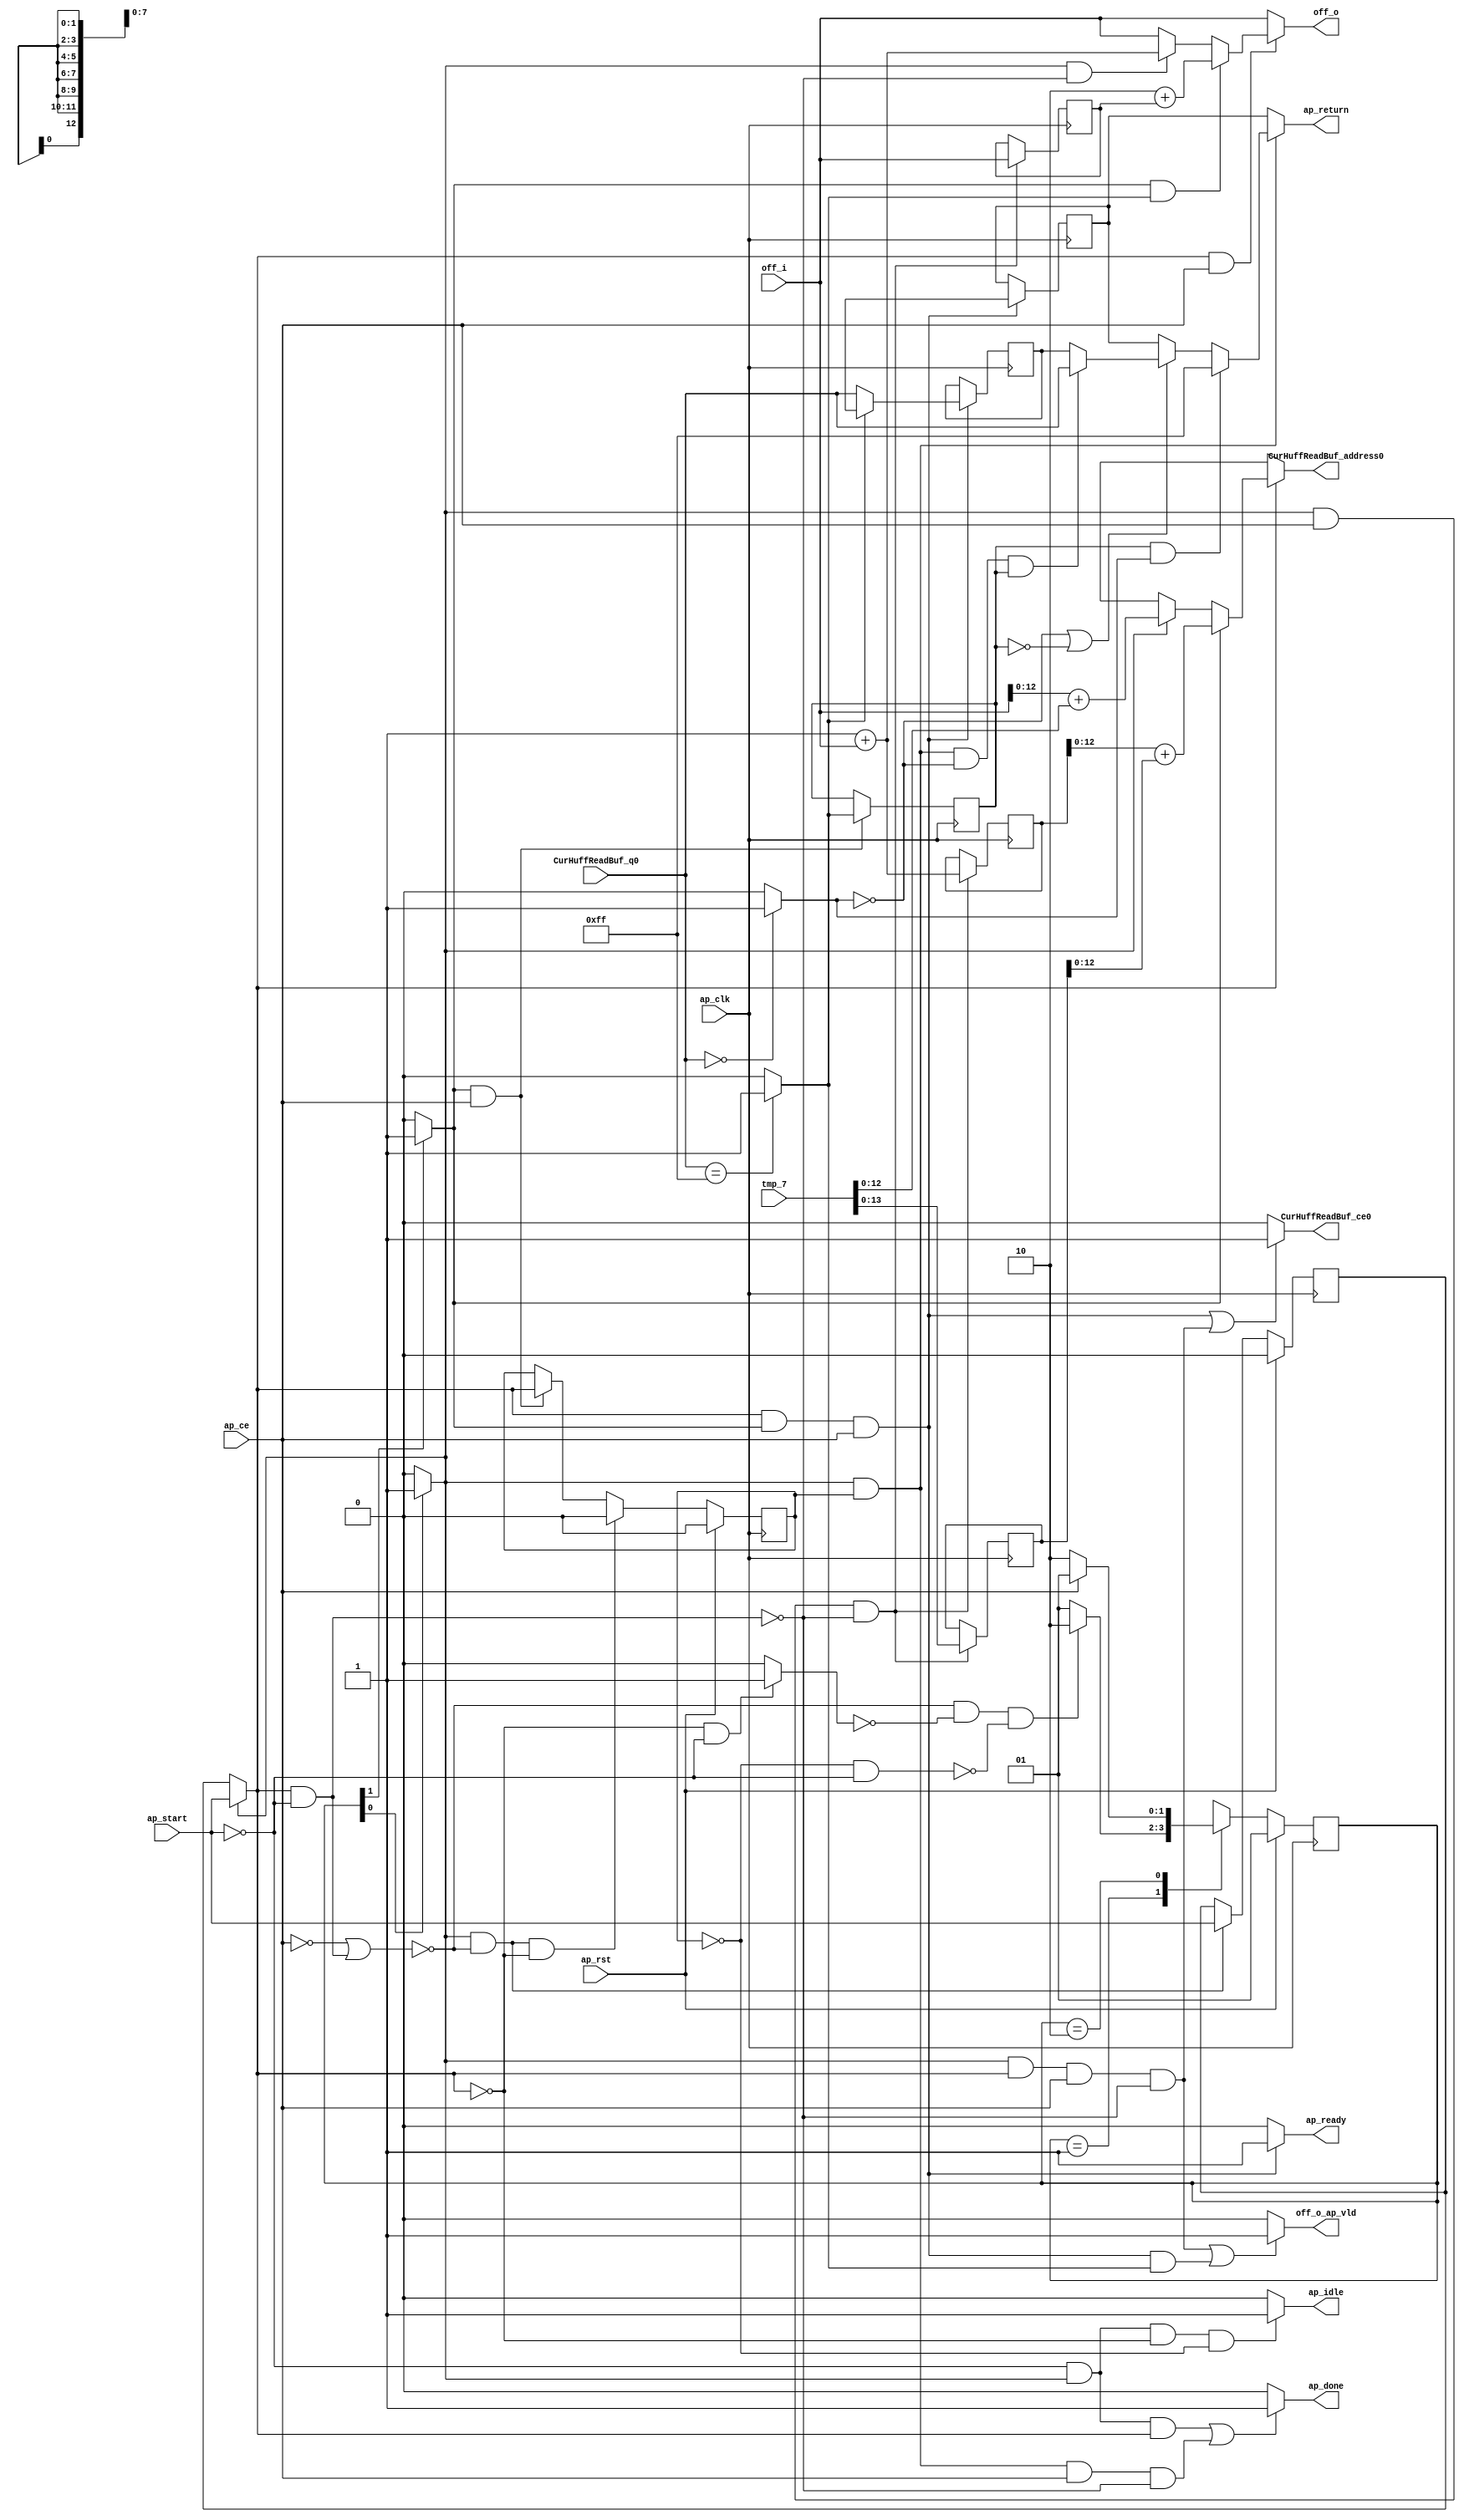
// ==============================================================
// RTL generated by Vivado(TM) HLS - High-Level Synthesis from C, C++ and SystemC
// Version: 2015.4
// Copyright (C) 2015 Xilinx Inc. All rights reserved.
// 
// ===========================================================

`timescale 1 ns / 1 ps 

module decode_start_pgetc (
        ap_clk,
        ap_rst,
        ap_start,
        ap_done,
        ap_idle,
        ap_ready,
        ap_ce,
        CurHuffReadBuf_address0,
        CurHuffReadBuf_ce0,
        CurHuffReadBuf_q0,
        tmp_7,
        off_i,
        off_o,
        off_o_ap_vld,
        ap_return
);

parameter    ap_const_logic_1 = 1'b1;
parameter    ap_const_logic_0 = 1'b0;
parameter    ap_ST_pp0_stg0_fsm_0 = 2'b1;
parameter    ap_ST_pp0_stg1_fsm_1 = 2'b10;
parameter    ap_const_lv32_0 = 32'b00000000000000000000000000000000;
parameter    ap_const_lv1_1 = 1'b1;
parameter    ap_const_lv32_1 = 32'b1;
parameter    ap_const_lv1_0 = 1'b0;
parameter    ap_const_lv8_FF = 8'b11111111;
parameter    ap_const_lv32_2 = 32'b10;
parameter    ap_const_lv8_0 = 8'b00000000;
parameter    ap_true = 1'b1;

input   ap_clk;
input   ap_rst;
input   ap_start;
output   ap_done;
output   ap_idle;
output   ap_ready;
input   ap_ce;
output  [12:0] CurHuffReadBuf_address0;
output   CurHuffReadBuf_ce0;
input  [7:0] CurHuffReadBuf_q0;
input  [31:0] tmp_7;
input  [31:0] off_i;
output  [31:0] off_o;
output   off_o_ap_vld;
output  [7:0] ap_return;

reg ap_done;
reg ap_idle;
reg ap_ready;
reg[12:0] CurHuffReadBuf_address0;
reg CurHuffReadBuf_ce0;
reg[31:0] off_o;
reg off_o_ap_vld;
(* fsm_encoding = "none" *) reg   [1:0] ap_CS_fsm = 2'b1;
reg    ap_sig_cseq_ST_pp0_stg0_fsm_0;
reg    ap_sig_bdd_20;
reg    ap_reg_ppiten_pp0_it0;
reg    ap_reg_ppiten_pp0_it1 = 1'b0;
reg    ap_sig_cseq_ST_pp0_stg1_fsm_1;
reg    ap_sig_bdd_40;
reg   [31:0] off_load_reg_142;
wire   [31:0] off_assign_fu_75_p2;
reg   [31:0] off_assign_reg_147;
wire   [13:0] tmp_3_fu_91_p1;
reg   [13:0] tmp_3_reg_152;
wire   [0:0] tmp_1_fu_106_p2;
reg   [0:0] tmp_1_reg_167;
reg    ap_reg_ppiten_pp0_it0_preg = 1'b0;
wire   [7:0] ap_reg_phiprechg_temp_0_in_reg_50pp0_it0;
reg   [7:0] ap_reg_phiprechg_temp_0_in_reg_50pp0_it1;
reg   [7:0] temp_0_in_phi_fu_53_p4;
wire   [0:0] tmp_4_fu_136_p2;
wire   [7:0] ap_reg_phiprechg_p_0_reg_60pp0_it0;
reg   [7:0] ap_reg_phiprechg_p_0_reg_60pp0_it1;
reg   [7:0] p_0_phi_fu_63_p4;
wire  signed [63:0] sum_cast_fu_101_p1;
wire  signed [63:0] sum2_cast_fu_131_p1;
wire   [31:0] tmp_2_fu_112_p2;
wire   [13:0] tmp_fu_87_p1;
wire   [13:0] sum_fu_95_p2;
wire   [13:0] tmp_5_fu_123_p1;
wire   [13:0] sum2_fu_126_p2;
reg   [1:0] ap_NS_fsm;
reg    ap_sig_pprstidle_pp0;
reg    ap_sig_bdd_47;
reg    ap_sig_bdd_68;
reg    ap_sig_bdd_188;
reg    ap_sig_bdd_186;
reg    ap_sig_bdd_108;
reg    ap_sig_bdd_114;
reg    ap_sig_bdd_94;




always @ (posedge ap_clk) begin : ap_ret_ap_CS_fsm
    if (ap_rst == 1'b1) begin
        ap_CS_fsm <= ap_ST_pp0_stg0_fsm_0;
    end else begin
        ap_CS_fsm <= ap_NS_fsm;
    end
end

always @ (posedge ap_clk) begin : ap_ret_ap_reg_ppiten_pp0_it0_preg
    if (ap_rst == 1'b1) begin
        ap_reg_ppiten_pp0_it0_preg <= ap_const_logic_0;
    end else begin
        if (((ap_const_logic_1 == ap_sig_cseq_ST_pp0_stg0_fsm_0) & ~(~(ap_const_logic_1 == ap_ce) | ((ap_const_logic_1 == ap_reg_ppiten_pp0_it0) & (ap_start == ap_const_logic_0))))) begin
            ap_reg_ppiten_pp0_it0_preg <= ap_start;
        end
    end
end

always @ (posedge ap_clk) begin : ap_ret_ap_reg_ppiten_pp0_it1
    if (ap_rst == 1'b1) begin
        ap_reg_ppiten_pp0_it1 <= ap_const_logic_0;
    end else begin
        if (((ap_const_logic_1 == ap_sig_cseq_ST_pp0_stg0_fsm_0) & ~(~(ap_const_logic_1 == ap_ce) | ((ap_const_logic_1 == ap_reg_ppiten_pp0_it0) & (ap_start == ap_const_logic_0))) & ~(ap_const_logic_1 == ap_reg_ppiten_pp0_it0))) begin
            ap_reg_ppiten_pp0_it1 <= ap_const_logic_0;
        end else if (((ap_const_logic_1 == ap_sig_cseq_ST_pp0_stg1_fsm_1) & (ap_const_logic_1 == ap_ce))) begin
            ap_reg_ppiten_pp0_it1 <= ap_reg_ppiten_pp0_it0;
        end
    end
end

always @ (posedge ap_clk) begin
    if (ap_sig_bdd_47) begin
        if ((tmp_1_fu_106_p2 == ap_const_lv1_0)) begin
            ap_reg_phiprechg_temp_0_in_reg_50pp0_it1 <= CurHuffReadBuf_q0;
        end else if ((ap_true == ap_true)) begin
            ap_reg_phiprechg_temp_0_in_reg_50pp0_it1 <= ap_reg_phiprechg_temp_0_in_reg_50pp0_it0;
        end
    end
end

always @ (posedge ap_clk) begin
    if (((ap_const_logic_1 == ap_reg_ppiten_pp0_it0) & (ap_const_logic_1 == ap_sig_cseq_ST_pp0_stg1_fsm_1) & (ap_const_logic_1 == ap_ce))) begin
        ap_reg_phiprechg_p_0_reg_60pp0_it1 <= ap_reg_phiprechg_p_0_reg_60pp0_it0;
    end
end

always @ (posedge ap_clk) begin
    if (((ap_const_logic_1 == ap_sig_cseq_ST_pp0_stg0_fsm_0) & (ap_const_logic_1 == ap_ce) & ~((ap_const_logic_1 == ap_reg_ppiten_pp0_it0) & (ap_start == ap_const_logic_0)))) begin
        off_assign_reg_147 <= off_assign_fu_75_p2;
        off_load_reg_142 <= off_i;
        tmp_3_reg_152 <= tmp_3_fu_91_p1;
    end
end

always @ (posedge ap_clk) begin
    if (((ap_const_logic_1 == ap_sig_cseq_ST_pp0_stg1_fsm_1) & (ap_const_logic_1 == ap_ce))) begin
        tmp_1_reg_167 <= tmp_1_fu_106_p2;
    end
end

always @ (ap_sig_cseq_ST_pp0_stg0_fsm_0 or ap_reg_ppiten_pp0_it0 or ap_sig_cseq_ST_pp0_stg1_fsm_1 or sum_cast_fu_101_p1 or sum2_cast_fu_131_p1) begin
    if ((ap_const_logic_1 == ap_reg_ppiten_pp0_it0)) begin
        if ((ap_const_logic_1 == ap_sig_cseq_ST_pp0_stg1_fsm_1)) begin
            CurHuffReadBuf_address0 = sum2_cast_fu_131_p1;
        end else if ((ap_const_logic_1 == ap_sig_cseq_ST_pp0_stg0_fsm_0)) begin
            CurHuffReadBuf_address0 = sum_cast_fu_101_p1;
        end else begin
            CurHuffReadBuf_address0 = 'bx;
        end
    end else begin
        CurHuffReadBuf_address0 = 'bx;
    end
end

always @ (ap_start or ap_sig_cseq_ST_pp0_stg0_fsm_0 or ap_reg_ppiten_pp0_it0 or ap_sig_cseq_ST_pp0_stg1_fsm_1 or ap_ce) begin
    if ((((ap_const_logic_1 == ap_reg_ppiten_pp0_it0) & (ap_const_logic_1 == ap_sig_cseq_ST_pp0_stg1_fsm_1) & (ap_const_logic_1 == ap_ce)) | ((ap_const_logic_1 == ap_sig_cseq_ST_pp0_stg0_fsm_0) & (ap_const_logic_1 == ap_reg_ppiten_pp0_it0) & (ap_const_logic_1 == ap_ce) & ~((ap_const_logic_1 == ap_reg_ppiten_pp0_it0) & (ap_start == ap_const_logic_0))))) begin
        CurHuffReadBuf_ce0 = ap_const_logic_1;
    end else begin
        CurHuffReadBuf_ce0 = ap_const_logic_0;
    end
end

always @ (ap_start or ap_sig_cseq_ST_pp0_stg0_fsm_0 or ap_reg_ppiten_pp0_it0 or ap_reg_ppiten_pp0_it1 or ap_ce) begin
    if (((~(ap_const_logic_1 == ap_start) & (ap_const_logic_1 == ap_sig_cseq_ST_pp0_stg0_fsm_0) & (ap_const_logic_1 == ap_reg_ppiten_pp0_it0)) | ((ap_const_logic_1 == ap_sig_cseq_ST_pp0_stg0_fsm_0) & (ap_const_logic_1 == ap_reg_ppiten_pp0_it1) & (ap_const_logic_1 == ap_ce) & ~((ap_const_logic_1 == ap_reg_ppiten_pp0_it0) & (ap_start == ap_const_logic_0))))) begin
        ap_done = ap_const_logic_1;
    end else begin
        ap_done = ap_const_logic_0;
    end
end

always @ (ap_start or ap_sig_cseq_ST_pp0_stg0_fsm_0 or ap_reg_ppiten_pp0_it0 or ap_reg_ppiten_pp0_it1) begin
    if ((~(ap_const_logic_1 == ap_start) & (ap_const_logic_1 == ap_sig_cseq_ST_pp0_stg0_fsm_0) & (ap_const_logic_0 == ap_reg_ppiten_pp0_it0) & (ap_const_logic_0 == ap_reg_ppiten_pp0_it1))) begin
        ap_idle = ap_const_logic_1;
    end else begin
        ap_idle = ap_const_logic_0;
    end
end

always @ (ap_reg_ppiten_pp0_it0 or ap_sig_cseq_ST_pp0_stg1_fsm_1 or ap_ce) begin
    if (((ap_const_logic_1 == ap_reg_ppiten_pp0_it0) & (ap_const_logic_1 == ap_sig_cseq_ST_pp0_stg1_fsm_1) & (ap_const_logic_1 == ap_ce))) begin
        ap_ready = ap_const_logic_1;
    end else begin
        ap_ready = ap_const_logic_0;
    end
end

always @ (ap_start or ap_sig_cseq_ST_pp0_stg0_fsm_0 or ap_reg_ppiten_pp0_it0_preg) begin
    if ((ap_const_logic_1 == ap_sig_cseq_ST_pp0_stg0_fsm_0)) begin
        ap_reg_ppiten_pp0_it0 = ap_start;
    end else begin
        ap_reg_ppiten_pp0_it0 = ap_reg_ppiten_pp0_it0_preg;
    end
end

always @ (ap_sig_bdd_20) begin
    if (ap_sig_bdd_20) begin
        ap_sig_cseq_ST_pp0_stg0_fsm_0 = ap_const_logic_1;
    end else begin
        ap_sig_cseq_ST_pp0_stg0_fsm_0 = ap_const_logic_0;
    end
end

always @ (ap_sig_bdd_40) begin
    if (ap_sig_bdd_40) begin
        ap_sig_cseq_ST_pp0_stg1_fsm_1 = ap_const_logic_1;
    end else begin
        ap_sig_cseq_ST_pp0_stg1_fsm_1 = ap_const_logic_0;
    end
end

always @ (ap_start or ap_reg_ppiten_pp0_it0) begin
    if (((ap_const_logic_0 == ap_reg_ppiten_pp0_it0) & (ap_const_logic_0 == ap_start))) begin
        ap_sig_pprstidle_pp0 = ap_const_logic_1;
    end else begin
        ap_sig_pprstidle_pp0 = ap_const_logic_0;
    end
end

always @ (off_i or off_assign_fu_75_p2 or tmp_2_fu_112_p2 or ap_sig_bdd_68 or ap_sig_bdd_188 or ap_sig_bdd_186) begin
    if (ap_sig_bdd_186) begin
        if (ap_sig_bdd_188) begin
            off_o = tmp_2_fu_112_p2;
        end else if (ap_sig_bdd_68) begin
            off_o = off_assign_fu_75_p2;
        end else begin
            off_o = off_i;
        end
    end else begin
        off_o = off_i;
    end
end

always @ (ap_start or ap_sig_cseq_ST_pp0_stg0_fsm_0 or ap_reg_ppiten_pp0_it0 or ap_sig_cseq_ST_pp0_stg1_fsm_1 or ap_ce or tmp_1_fu_106_p2) begin
    if ((((ap_const_logic_1 == ap_sig_cseq_ST_pp0_stg0_fsm_0) & (ap_const_logic_1 == ap_reg_ppiten_pp0_it0) & (ap_const_logic_1 == ap_ce) & ~((ap_const_logic_1 == ap_reg_ppiten_pp0_it0) & (ap_start == ap_const_logic_0))) | ((ap_const_logic_1 == ap_reg_ppiten_pp0_it0) & (ap_const_logic_1 == ap_sig_cseq_ST_pp0_stg1_fsm_1) & (ap_const_logic_1 == ap_ce) & ~(tmp_1_fu_106_p2 == ap_const_lv1_0)))) begin
        off_o_ap_vld = ap_const_logic_1;
    end else begin
        off_o_ap_vld = ap_const_logic_0;
    end
end

always @ (temp_0_in_phi_fu_53_p4 or ap_reg_phiprechg_p_0_reg_60pp0_it1 or ap_sig_bdd_108 or ap_sig_bdd_114 or ap_sig_bdd_94) begin
    if (ap_sig_bdd_94) begin
        if (ap_sig_bdd_114) begin
            p_0_phi_fu_63_p4 = ap_const_lv8_FF;
        end else if (ap_sig_bdd_108) begin
            p_0_phi_fu_63_p4 = temp_0_in_phi_fu_53_p4;
        end else begin
            p_0_phi_fu_63_p4 = ap_reg_phiprechg_p_0_reg_60pp0_it1;
        end
    end else begin
        p_0_phi_fu_63_p4 = ap_reg_phiprechg_p_0_reg_60pp0_it1;
    end
end

always @ (ap_sig_cseq_ST_pp0_stg0_fsm_0 or ap_reg_ppiten_pp0_it1 or CurHuffReadBuf_q0 or tmp_1_reg_167 or ap_reg_phiprechg_temp_0_in_reg_50pp0_it1 or tmp_4_fu_136_p2) begin
    if (((ap_const_logic_1 == ap_sig_cseq_ST_pp0_stg0_fsm_0) & (ap_const_logic_1 == ap_reg_ppiten_pp0_it1) & (ap_const_lv1_0 == tmp_4_fu_136_p2) & ~(tmp_1_reg_167 == ap_const_lv1_0))) begin
        temp_0_in_phi_fu_53_p4 = CurHuffReadBuf_q0;
    end else begin
        temp_0_in_phi_fu_53_p4 = ap_reg_phiprechg_temp_0_in_reg_50pp0_it1;
    end
end
always @ (ap_start or ap_CS_fsm or ap_reg_ppiten_pp0_it0 or ap_reg_ppiten_pp0_it1 or ap_ce or ap_sig_pprstidle_pp0) begin
    case (ap_CS_fsm)
        ap_ST_pp0_stg0_fsm_0 : 
        begin
            if ((~(~(ap_const_logic_1 == ap_ce) | ((ap_const_logic_1 == ap_reg_ppiten_pp0_it0) & (ap_start == ap_const_logic_0))) & ~(ap_const_logic_1 == ap_sig_pprstidle_pp0) & ~((ap_const_logic_0 == ap_reg_ppiten_pp0_it1) & (ap_const_logic_0 == ap_start)))) begin
                ap_NS_fsm = ap_ST_pp0_stg1_fsm_1;
            end else if ((~(~(ap_const_logic_1 == ap_ce) | ((ap_const_logic_1 == ap_reg_ppiten_pp0_it0) & (ap_start == ap_const_logic_0))) & (ap_const_logic_1 == ap_sig_pprstidle_pp0))) begin
                ap_NS_fsm = ap_ST_pp0_stg0_fsm_0;
            end else begin
                ap_NS_fsm = ap_ST_pp0_stg0_fsm_0;
            end
        end
        ap_ST_pp0_stg1_fsm_1 : 
        begin
            if ((ap_const_logic_1 == ap_ce)) begin
                ap_NS_fsm = ap_ST_pp0_stg0_fsm_0;
            end else begin
                ap_NS_fsm = ap_ST_pp0_stg1_fsm_1;
            end
        end
        default : 
        begin
            ap_NS_fsm = 'bx;
        end
    endcase
end


assign ap_reg_phiprechg_p_0_reg_60pp0_it0 = 'bx;

assign ap_reg_phiprechg_temp_0_in_reg_50pp0_it0 = 'bx;

assign ap_return = p_0_phi_fu_63_p4;


always @ (tmp_1_reg_167 or tmp_4_fu_136_p2) begin
    ap_sig_bdd_108 = ((ap_const_lv1_0 == tmp_4_fu_136_p2) | (tmp_1_reg_167 == ap_const_lv1_0));
end


always @ (tmp_1_reg_167 or tmp_4_fu_136_p2) begin
    ap_sig_bdd_114 = (~(tmp_1_reg_167 == ap_const_lv1_0) & ~(ap_const_lv1_0 == tmp_4_fu_136_p2));
end


always @ (ap_reg_ppiten_pp0_it0 or ap_ce) begin
    ap_sig_bdd_186 = ((ap_const_logic_1 == ap_reg_ppiten_pp0_it0) & (ap_const_logic_1 == ap_ce));
end


always @ (ap_sig_cseq_ST_pp0_stg1_fsm_1 or tmp_1_fu_106_p2) begin
    ap_sig_bdd_188 = ((ap_const_logic_1 == ap_sig_cseq_ST_pp0_stg1_fsm_1) & ~(tmp_1_fu_106_p2 == ap_const_lv1_0));
end


always @ (ap_CS_fsm) begin
    ap_sig_bdd_20 = (ap_CS_fsm[ap_const_lv32_0] == ap_const_lv1_1);
end


always @ (ap_CS_fsm) begin
    ap_sig_bdd_40 = (ap_const_lv1_1 == ap_CS_fsm[ap_const_lv32_1]);
end


always @ (ap_reg_ppiten_pp0_it0 or ap_sig_cseq_ST_pp0_stg1_fsm_1 or ap_ce) begin
    ap_sig_bdd_47 = ((ap_const_logic_1 == ap_reg_ppiten_pp0_it0) & (ap_const_logic_1 == ap_sig_cseq_ST_pp0_stg1_fsm_1) & (ap_const_logic_1 == ap_ce));
end


always @ (ap_start or ap_sig_cseq_ST_pp0_stg0_fsm_0 or ap_reg_ppiten_pp0_it0) begin
    ap_sig_bdd_68 = ((ap_const_logic_1 == ap_sig_cseq_ST_pp0_stg0_fsm_0) & ~((ap_const_logic_1 == ap_reg_ppiten_pp0_it0) & (ap_start == ap_const_logic_0)));
end


always @ (ap_sig_cseq_ST_pp0_stg0_fsm_0 or ap_reg_ppiten_pp0_it1) begin
    ap_sig_bdd_94 = ((ap_const_logic_1 == ap_sig_cseq_ST_pp0_stg0_fsm_0) & (ap_const_logic_1 == ap_reg_ppiten_pp0_it1));
end

assign off_assign_fu_75_p2 = (ap_const_lv32_1 + off_i);

assign sum2_cast_fu_131_p1 = $signed(sum2_fu_126_p2);

assign sum2_fu_126_p2 = (tmp_5_fu_123_p1 + tmp_3_reg_152);

assign sum_cast_fu_101_p1 = $signed(sum_fu_95_p2);

assign sum_fu_95_p2 = (tmp_fu_87_p1 + tmp_3_fu_91_p1);

assign tmp_1_fu_106_p2 = (CurHuffReadBuf_q0 == ap_const_lv8_FF? 1'b1: 1'b0);

assign tmp_2_fu_112_p2 = (ap_const_lv32_2 + off_load_reg_142);

assign tmp_3_fu_91_p1 = tmp_7[13:0];

assign tmp_4_fu_136_p2 = (CurHuffReadBuf_q0 == ap_const_lv8_0? 1'b1: 1'b0);

assign tmp_5_fu_123_p1 = off_assign_reg_147[13:0];

assign tmp_fu_87_p1 = off_i[13:0];


endmodule //decode_start_pgetc